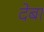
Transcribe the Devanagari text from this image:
देबा